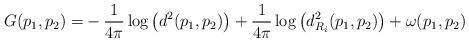
LaTeX: \begin{align*}G(p_1,p_2) = &-\frac{1}{4 \pi} \log \left( d^2(p_1,p_2) \right ) + \frac{1}{4 \pi} \log \left( d^2_{R_i}(p_1,p_2) \right) + \omega(p_1,p_2) \end{align*}